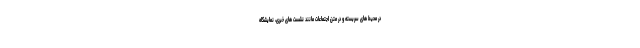
در محیط های سربسته و در متن اجتماعات مانند نشست های خبری، نمایشگاه